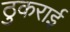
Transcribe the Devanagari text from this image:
ठुकराई